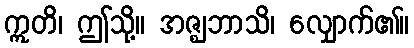
ဣတိ၊ ဤသို့။ အဇ္ဈဘာသိ၊ လျှောက်၏။